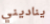
يناديني